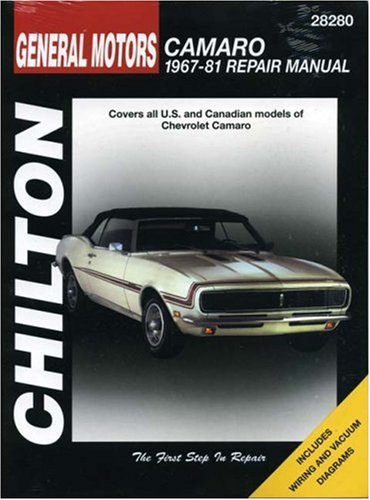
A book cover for Chevrolet Camaro, 1967-81 (Chilton Total Car Care Series Manuals); Chilton; Engineering & Transportation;